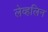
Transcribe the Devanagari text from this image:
लेव्हलिन